Indian journal of veterinary science and animal husbandry - Volume 8,
Year: 1938
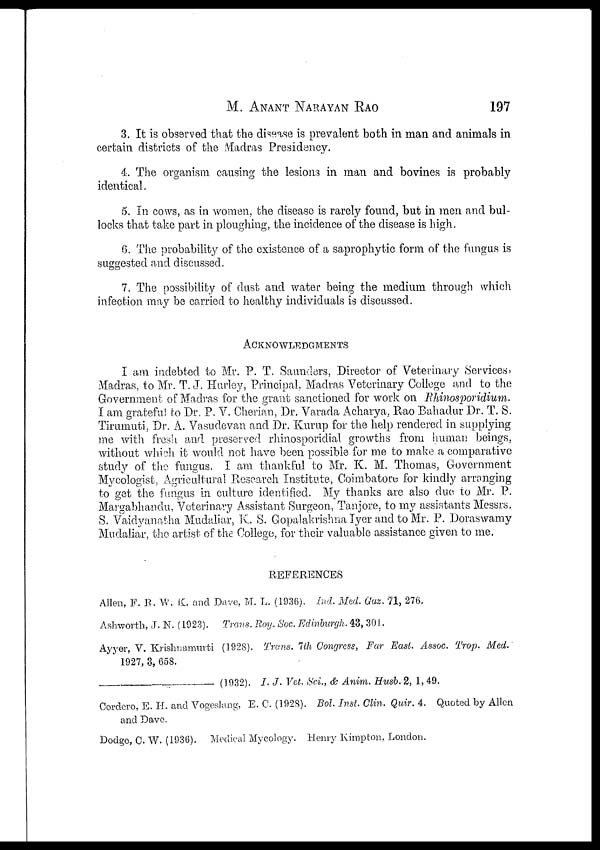
M.
ANANT
NARAYAN
RAO
197
3. It is observed that the disease is prevalent both in man and animals in
certain districts of the Madras Presidency.
4. The organism causing the lesions in man and bovines is probably
identical.
5. In cows, as in women, the disease is rarely found, but in men and bul-
locks that take part in ploughing, the incidence of the disease is high.
6. The probability of the existence of a saprophytic form of the fungus is
suggested and discussed.
7. The possibility of dust and water being the medium through which
infection may be carried to healthy individuals is discussed.
ACKNOWLEDGMENTS
I am indebted to Mr. P. T. Saunders, Director of Veterinary Services,
Madras, to Mr. T. J. Hurley, Principal, Madras Veterinary College and to the
Government of Madras for the grant sanctioned for work on Rhinosporidium.
I am grateful to Dr. P. V. Cherian, Dr. Varada Acharya, Rao Bahadur Dr. T. S.
Tirumuti, Dr. A. Vasudevan and Dr. Kurup for the help rendered in supplying
me with fresh and preserved rhinosporidial growths from human beings,
without which it would not have been possible for me to make a comparative
study of the fungus. I am thankful to Mr. K. M. Thomas, Government
Mycologist, Agricultural Research Institute, Coimbatore for kindly arranging
to get the fungus in culture identified. My thanks are also due to Mr. P.
Margabhandu, Veterinary Assistant Surgeon, Tanjore, to my assistants Messrs.
S. Vaidyanatha Mudaliar, K. S. Gopalakrishna Iyer and to Mr. P. Doraswamy
Mudaliar, the artist of the College, for their valuable assistance given to me.
REFERENCES
Allen, F. R. W. K. and Dave, M. L. (1936). Ind. Med. Gaz. 71, 276.
Ashworth, J. N. (1923). Trans. Roy. Soc. Edinburgh. 43, 301.
Ayyer, V. Krishnamurti (1928). Trans. 7th Congress, Far East. Assoc. Trop. Med.
1927, 3, 658.
(1932). I. J. Vet. Sci., & Anim. Husb. 2, 1, 49.
Cordero, E. H. and Vogeslang, E. C. (1928). Bol. Inst. Clin. Quir. 4. Quoted by Allen
and Dave.
Dodge, C. W. (1936). Medical Mycology. Henry Kimpton, London.